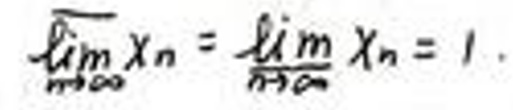
$\lim_{n \to \infty} x_n = \lim_{n \to \infty} x_n = l$